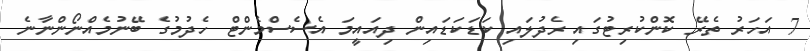
7 އަހަރު ތެރޭ ކޮންކުރިޓުގައި ރެދުލައި ކަޑަކަޑައިން ދިއައީމަ އެސެސްމެންޓް ހެދުމުގެ ބޭނުމެއްނޯންނާނެ